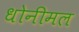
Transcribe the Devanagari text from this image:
धोनीमल